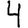
Digit: 4